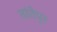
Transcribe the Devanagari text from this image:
तांतेपुर